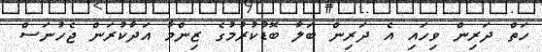
ހަތް ދަރިން ވިހައި އެ ދަރިން ބަލާ ބޮޑުކުރުމުގެ ޒިންމާ އަދާކުރަން ޖެހުނަސް